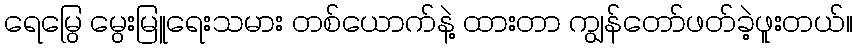
ရေမြွေ မွေးမြူရေးသမား တစ်ယောက်နဲ့ ထားတာ ကျွန်တော်ဖတ်ခဲ့ဖူးတယ်။